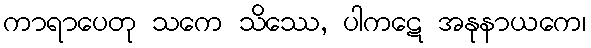
ကာရာပေတု သကေ သိဿေ, ပါကဋေ အနုနာယကေ၊